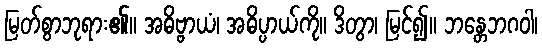
မြတ်စွာဘုရား၏။ အဓိဗ္ဗာယံ၊ အဓိပ္ပာယ်ကို။ ဒိတွာ၊ မြင်၍။ ဘန္တေဘဂဝါ၊